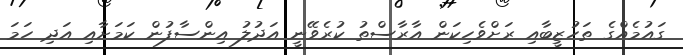
ގައުމެއްގެ ތަހުޒީބާއި ރަށްވެހިކަން އާރާސްތު ކުރެވޭނީ އަދުލު އިންސާފުން ކަމަށާއި އަދި ހަމަ